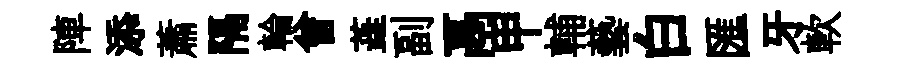
陣添蕭隔輪曾蕋副鬲甲輔藝白匯牙軟